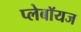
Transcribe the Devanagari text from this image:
प्लेबॉयज